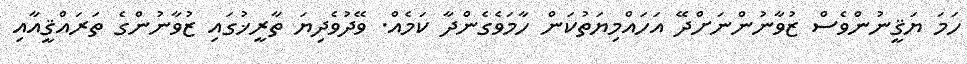
ހަމަ ޔަޤީނުންވެސް ޒުވާނުންނަށްދޭ އަހައްމިޔަތުކަން ހާމަވެގެންދާ ކަމެއް. ވޭދުވެދިޔަ ތާރީޚުގައި ޒުވާނުންގެ ތަރައްޤީއާއި